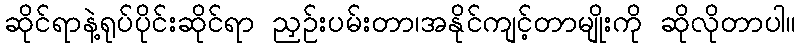
ဆိုင်ရာနဲ့ရုပ်ပိုင်းဆိုင်ရာ ညှဉ်းပမ်းတာ၊အနိုင်ကျင့်တာမျိုးကို ဆိုလိုတာပါ။